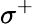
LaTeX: \sigma^{+}